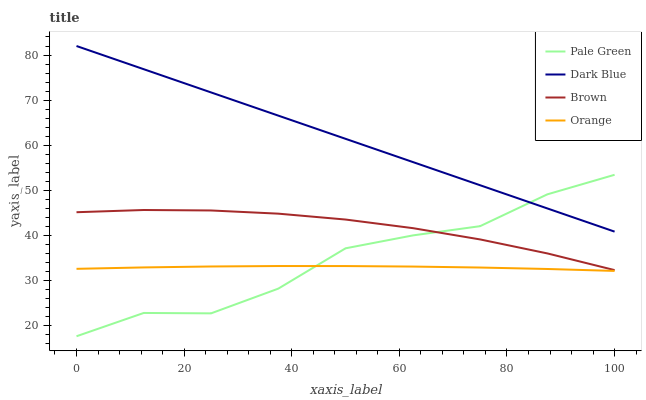
| xaxis_label | Pale Green | Dark Blue | Brown | Orange |
 | --- | --- | --- | --- | --- |
 | 0 | 17.6 | 82 | 45.1 | 32.6 |
 | 12.5 | 22.8 | 76.9 | 45.6 | 32.9 |
 | 25 | 22.7 | 71.7 | 45.5 | 33.1 |
 | 37.5 | 28.2 | 66.6 | 44.8 | 33.2 |
 | 50 | 37.1 | 61.4 | 43.5 | 33.2 |
 | 62.5 | 40 | 56.3 | 41.6 | 33.1 |
 | 75 | 42 | 51.1 | 39.1 | 32.9 |
 | 87.5 | 49.1 | 46 | 36 | 32.5 |
 | 100 | 53.4 | 40.8 | 32.3 | 32.1 |